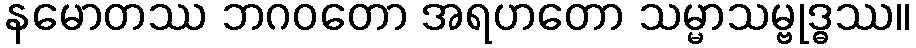
နမောတဿ ဘဂဝတော အရဟတော သမ္မာသမ္ဗုဒ္ဓဿ။